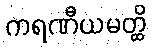
ကရဏီယမတ္ထိ